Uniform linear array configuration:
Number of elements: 4
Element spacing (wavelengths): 0.75
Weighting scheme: blackman
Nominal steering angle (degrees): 60
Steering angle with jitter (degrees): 61.815
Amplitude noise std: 0.05
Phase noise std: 0.05

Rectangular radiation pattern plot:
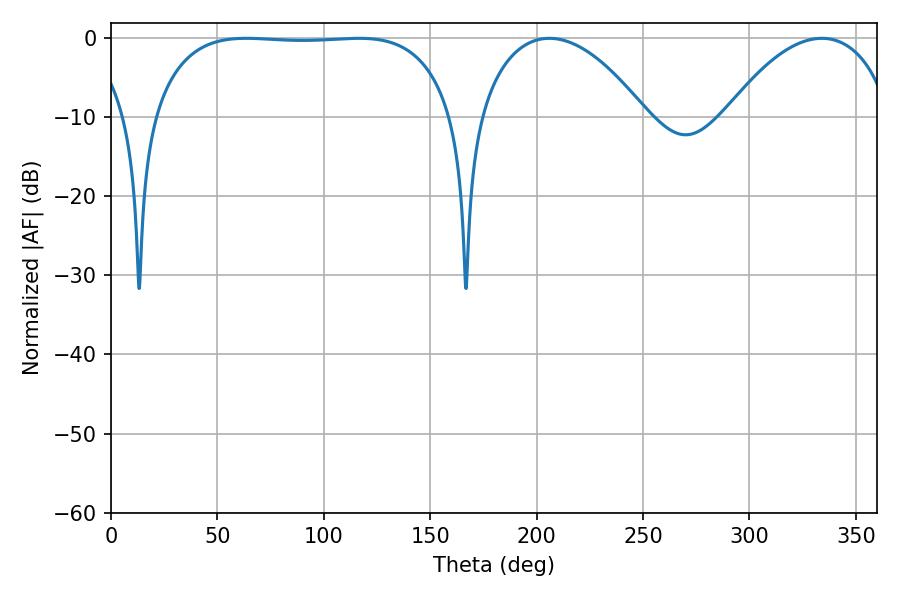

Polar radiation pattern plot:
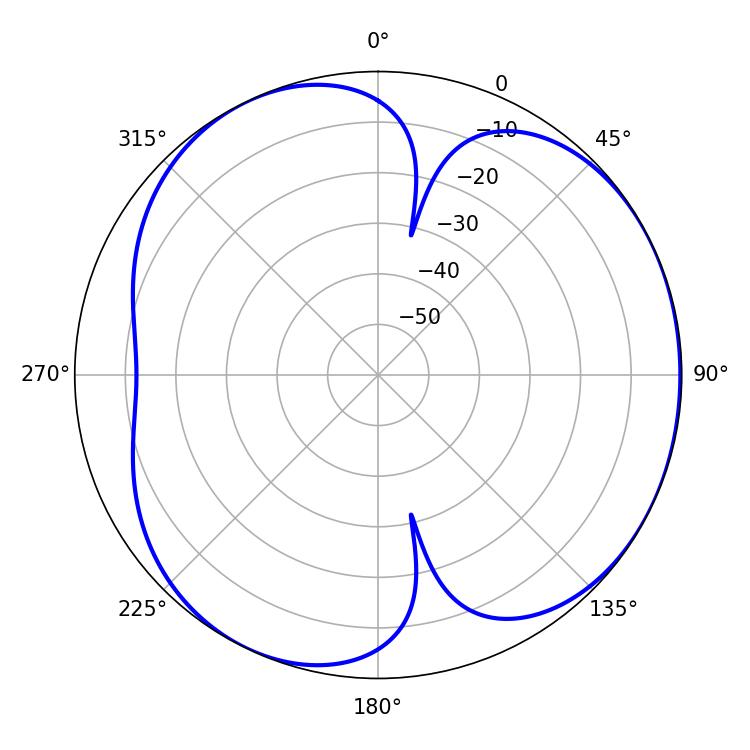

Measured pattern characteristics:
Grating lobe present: TRUE
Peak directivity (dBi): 4.095
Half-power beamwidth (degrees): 111.6
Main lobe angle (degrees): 63.54